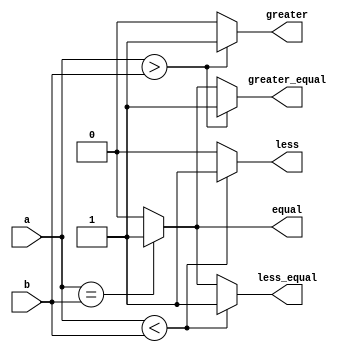
module ParameterizedComparator #(
    parameter WIDTH = 8  // Parameter to specify the bit-width of the input signals
)(
    input  wire [WIDTH-1:0] a,  // First input value
    input  wire [WIDTH-1:0] b,  // Second input value
    output reg  equal,           // Output signal for equality check
    output reg  greater,         // Output signal for greater than check
    output reg  less,            // Output signal for less than check
    output reg  greater_equal,   // Output signal for greater than or equal check
    output reg  less_equal       // Output signal for less than or equal check
);

    // Always block to evaluate comparisons
    always @(*) begin
        // Initialize outputs to default values
        equal = 0;
        greater = 0;
        less = 0;
        greater_equal = 0;
        less_equal = 0;

        // Comparison logic
        if (a == b) begin
            equal = 1;
            greater_equal = 1;
            less_equal = 1;
        end
        if (a > b) begin
            greater = 1;
            greater_equal = 1;
        end
        if (a < b) begin
            less = 1;
            less_equal = 1;
        end
    end

endmodule